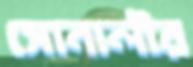
সোনালীর